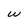
Character: w